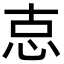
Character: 怘